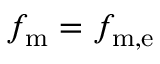
f _ { \mathrm { m } } = f _ { \mathrm { m , e } }